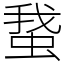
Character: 䖸